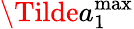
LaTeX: \Tilde{a}_{1}^{\mathrm{max}}